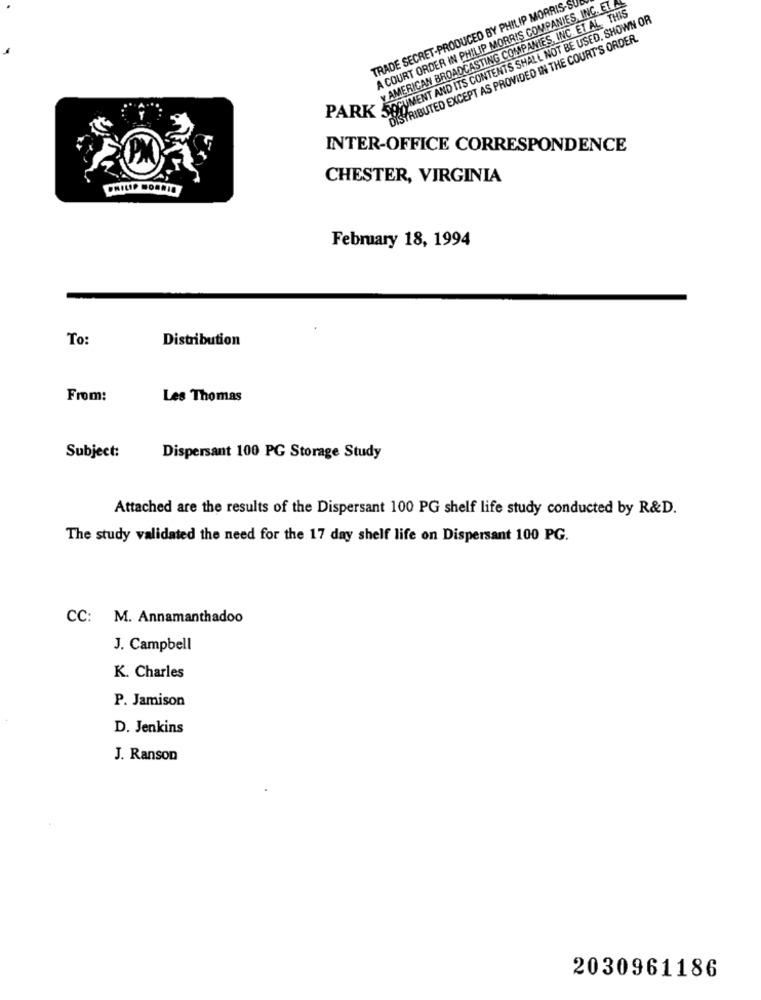
A COURT ORDER IN PHILIP MORRIS COMPANIES, INC. ELA
TRADE SECRET-PRODUCED BY PHILIP MORRIS-
v AMERICAN BROADCASTING COMPANIES, INC.ET AL, THIS
PARK DOCUMENT AND ITS CONTENTS SHALL NOT BE USED, SHOWN OR
DISTRIBUTED EXCEPT AS PROVIDED IN THE COURT'S ORDER.
INTER-OFFICE CORRESPONDENCE
CHESTER, VIRGINIA
PHILIP BOARIO
February 18, 1994
To:
Distribution
From:
Les Thomas
Subject:
Dispersant 100 PG Storage Study
Attached are the results of the Dispersant 100 PG shelf life study conducted by R&D.
The study validated the need for the 17 day shelf life on Dispersant 100 PG.
CC: M. Annamanthadoo
J. Campbell
K. Charles
P. Jamison
D. Jenkins
J. Ranson
2030961186